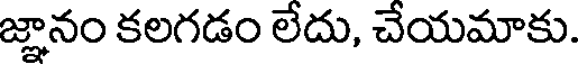
జ్ఞానం కలగడం లేదు, చేయమాకు.